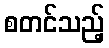
စတင်သည့်